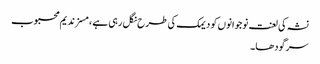
نشہ کی لعنت نوجوانوں کو دیمک کی طرح نگل رہی ہے ، مسز ندیم محبوب
سرگودھا۔